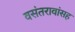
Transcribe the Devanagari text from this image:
वसंतरावांसह